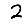
Digit: 2